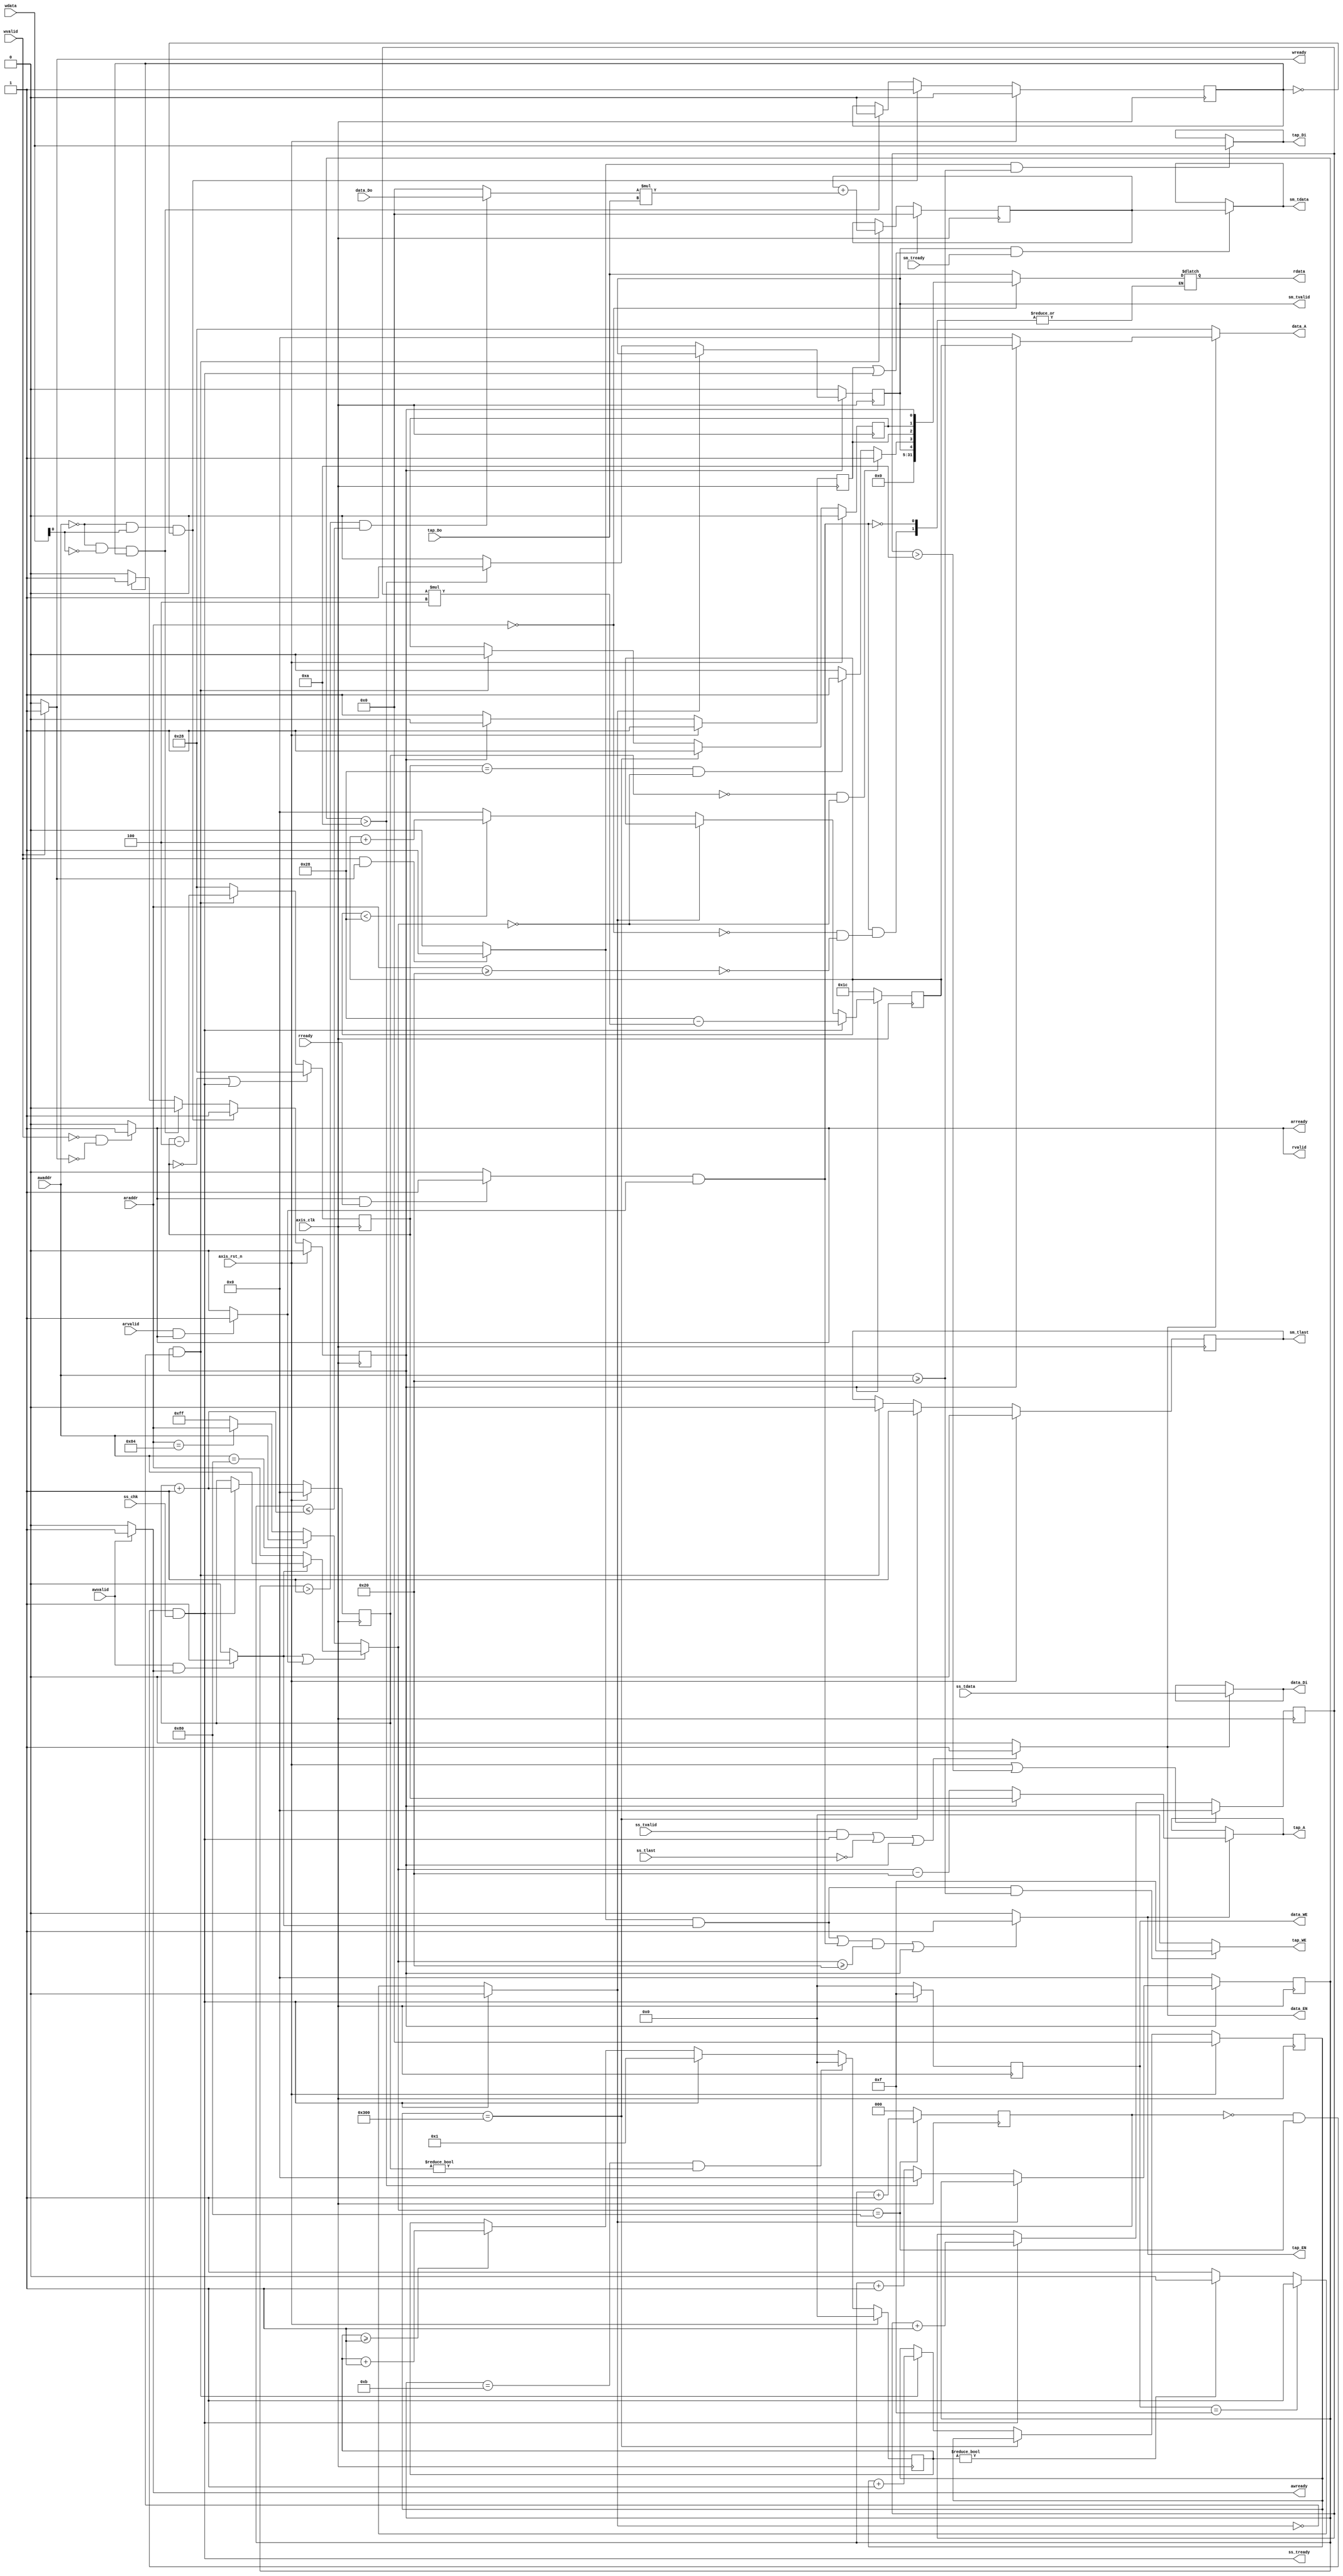
module fir 
#(  parameter pADDR_WIDTH = 12,
    parameter pDATA_WIDTH = 32,
    parameter Tape_Num    = 11
)
(
    output  wire                     awready,
    output  wire                     wready,
	
    input   wire                     awvalid,
    input   wire [(pADDR_WIDTH-1):0] awaddr,
    input   wire                     wvalid,
    input   wire [(pDATA_WIDTH-1):0] wdata,
//w
    output  wire                     arready,
	
    input   wire                     rready,
    input   wire                     arvalid,
    input   wire [(pADDR_WIDTH-1):0] araddr,
	
    output  wire                     rvalid,
    output  reg  [(pDATA_WIDTH-1):0] rdata,   
//R
    input   wire                     ss_tvalid, 
    input   wire [(pDATA_WIDTH-1):0] ss_tdata, 
    input   wire                     ss_tlast, 
	
    output  wire                     ss_tready, 
//slave
    input   wire                     sm_tready, 
	
    output  reg                      sm_tvalid, 
    output  wire [(pDATA_WIDTH-1):0] sm_tdata, 
    output  reg                      sm_tlast, 
//master    
	
    // bram for tap RAM
    output  wire [3:0]               tap_WE,
    output  wire                     tap_EN,
    output  wire  [(pDATA_WIDTH-1):0] tap_Di,
    output  wire  [(pADDR_WIDTH-1):0] tap_A,
    input   wire  [(pDATA_WIDTH-1):0] tap_Do,

    // bram for data RAM
    output  reg  [3:0]               data_WE,
    output  wire                     data_EN,
    output  wire [(pDATA_WIDTH-1):0] data_Di,
    output  wire [(pADDR_WIDTH-1):0] data_A,
    input   wire [(pDATA_WIDTH-1):0] data_Do,

    input   wire                     axis_clk,
    input   wire                     axis_rst_n,

    input   wire                     ss_chk
);

wire [(pADDR_WIDTH-1):0]addr;
wire [(pDATA_WIDTH-1):0]ap_ctrl;

wire wen,awen,ren,aren;
reg [(pDATA_WIDTH-1):0]data_length;
reg [(pDATA_WIDTH-1):0]cnt;
reg [(pDATA_WIDTH-1):0]temp;
wire [(pDATA_WIDTH-1):0]mul;
reg [(pADDR_WIDTH-1):0]mul_cnt,i_cnt,sm_cnt,offset,j_cnt;

reg ap_done;
reg ap_start;
reg ap_idle;
reg ap_start_flag;
wire ap_x;
wire ap_y;

assign wen=(wvalid&wready)?1'b1:1'b0;
assign awen=(awvalid&awready)?1'b1:1'b0;
assign ren=(rvalid&rready)?1'b1:1'b0;
assign aren=(arvalid&arready)?1'b1:1'b0;

assign wready=(wvalid)?1'b1:1'b0;
assign awready=(awvalid)?1'b1:1'b0;

assign rvalid=((!wvalid)&(!wready))?1'b1:1'b0;
assign arready=((!wvalid)&(!wready))?1'b1:1'b0;

assign addr=(awen|aren)?(awen)?awaddr:araddr:(awaddr==12'h80)?awaddr:(araddr==12'h84)?araddr:12'hff;

assign tap_WE=((wen&awen)&((awaddr>=12'h20)))?4'b1111:4'b0000;
assign tap_EN=(((wen&awen)|(ren&aren))&((addr>=12'h20))|(ap_start))?1'b1:1'b0;
assign tap_Di=(wen&((awaddr>=12'h20)))?wdata:tap_Di;
assign tap_A=(tap_EN)?(!ap_start)?addr-12'h20:i_cnt:tap_A;


always@(posedge axis_clk)begin
    if(ss_tready)begin
        data_WE<=4'b1111;
    end
    else begin
        data_WE<=4'b0000;
    end
end

assign data_EN=(ss_tvalid&ss_tready|(!ss_tlast)|ap_start)?1'b1:1'b0;
assign data_Di=(data_EN)?ss_tdata:data_Di;
assign data_A=(data_EN)?(!ap_start)?12'h00:mul_cnt:12'd40;

wire hang;

assign hang = (ss_tready) ? 1'b0 :
              (data_WE==4'b1111) ? 1'b1 :
              (hang_cnt!=4'b0)? 1'b0 : 1'b1;

reg [3:0] hang_cnt;

always@(posedge axis_clk)begin
    if(axis_rst_n)begin
        hang_cnt<=4'b0;
    end
    else if(sm_cnt==32'd11&&j_cnt!=32'b0)begin
        hang_cnt<=4'b0;
    end
    else if(ss_tready)begin
        hang_cnt<=4'b1;
    end
    else if(hang_cnt>=4'b1)begin
        hang_cnt<=hang_cnt+1;
    end

end

always@(posedge axis_clk)begin
    if(axis_rst_n)begin
        ap_start<=1'b0;
        ap_start_flag<=1'b0;
    end
    else if((awaddr==12'h00)&&(wdata[0]==1'b1)&&(ap_start_flag==1'b0))begin
        ap_start<=1'b1;
        ap_start_flag<=1'b1;
    end
    else if((awaddr==12'h00)&&(wdata[0]==1'b0)&&(ap_start_flag==1'b1))begin
        ap_start<=1'b0;
        ap_start_flag<=1'b0;
    end
    else if(ap_start_flag==1'b1)begin
        ap_start<=1'b1;
    end
    else begin
        ap_start<=1'b0;
    end
end

always@(posedge axis_clk)begin
	if(wen&awen&(awaddr==12'h10))begin
		data_length<=wdata;
	end
	else begin
		data_length<=data_length;
	end
end

always@(posedge axis_clk)begin
	if(axis_rst_n)begin
		cnt<=32'd0;
		ap_done<=1'b0;
		sm_tlast<=1'b0;
	end
	else if(cnt==32'd768)begin
		cnt<=cnt;
		ap_done<=1'b1;
		sm_tlast<=1'b1;
	end
	else if(ap_start&&!hang) begin
		cnt<=cnt+32'b1;
		ap_done<=1'b0;
		sm_tlast<=1'b0;
	end
end

always@(posedge axis_clk)begin
	if(axis_rst_n)begin
		ap_idle<=1'b1;
	end
    else if(ap_start)begin
		ap_idle<=1'b0;
	end
	else if(ap_done)begin
		ap_idle<=1'b1;
	end
	else begin
		ap_idle<=1'b1;
	end
end

assign ap_ctrl={27'd0,ap_y,ap_x,ap_idle,ap_done,ap_start};


always@(*)begin
	if(ren&aren)begin
		if(araddr==12'h00)begin
			rdata<=ap_ctrl;
		end
		else if(araddr>=12'h20)begin
			rdata<=tap_Do;
		end
		else begin
			rdata<=rdata;
		end
	end
end

assign mul=((sm_cnt>1)&(sm_cnt<=j_cnt+12'd1))?data_Do:32'd0;

always@(posedge axis_clk)begin
	if(ap_idle|ss_tready)begin
		temp<=32'd0;
	end
	else if(ap_start&&!hang)begin
		temp<=temp+mul*tap_Do;
	end
	else begin
		temp<=temp;
	end
end

assign sm_tdata=(sm_tvalid&sm_tready)?temp:sm_tdata;


always@(posedge axis_clk)begin
    if(i_cnt==12'd0|ss_tready)begin
        i_cnt<=12'h28;
    end
    else if(ap_start&&!hang)begin
        i_cnt<=i_cnt-12'd4;
    end
    else begin
        i_cnt<=12'h28;
    end
end

always@(posedge axis_clk)begin
    if(~ap_start)begin
        sm_cnt<=12'd0;
        sm_tvalid<=1'b0;
    end
    else if(hang)begin
        sm_cnt<=sm_cnt;
    end
    else if(sm_cnt>12'd10)begin
        sm_cnt<=12'd0;
        sm_tvalid<=1'b1;
    end
    else begin
        sm_cnt<=sm_cnt+12'd1;
        sm_tvalid<=1'b0;
    end
end

assign ss_tready = !ss_cnt&&(addr==12'h80)&&ss_chk;

reg [2:0] ss_cnt;

always@(posedge axis_clk)begin
    if(addr==12'h80)begin
        ss_cnt<=ss_cnt+1'b1;
    end
    else begin
        ss_cnt<=2'b0;
    end
end



assign ap_x = (j_cnt==32'd0&&addr==12'h00)?1'b1:
              (i_cnt==32'h28&&addr==12'h00)?1'b1:1'b0;
assign ap_y = (sm_tvalid);

always@(posedge axis_clk)begin
    if((axis_rst_n)|(offset>12'd10))begin
        offset<=12'd0;
    end
    else if(ss_tready)begin
        offset<=offset+12'd1;
    end
    else begin
        offset<=offset;
    end
end

always@(posedge axis_clk)begin
    if(~ap_start)begin
        mul_cnt<=12'd28;
    end
    else if(ss_tready)begin
        mul_cnt<=12'h28-offset*4;
    end
    else if(hang)begin
        mul_cnt<=mul_cnt;
    end
    else if(mul_cnt<12'h28)begin
        mul_cnt<=mul_cnt+12'd4;
    end
    else begin
        mul_cnt<=12'h0;
    end
end

always@(posedge axis_clk)begin
    if(axis_rst_n)begin
        j_cnt<=12'd0;
    end
    else if(ss_tready)begin
        j_cnt<=j_cnt+12'd1;
    end
    else if(j_cnt>12'd11)begin
        j_cnt<=j_cnt;
    end
    else begin
        j_cnt<=j_cnt;
    end
end

endmodule